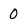
Character: 0